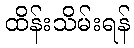
ထိန်းသိမ်းရန်